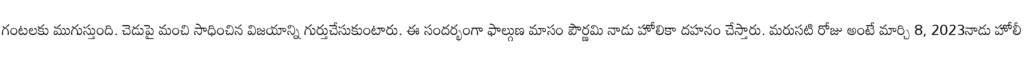
గంటలకు ముగుస్తుంది. చెడుపై మంచి సాధించిన విజయాన్ని గుర్తుచేసుకుంటారు. ఈ సందర్భంగా ఫాల్గుణ మాసం పౌర్ణమి నాడు హోలికా దహనం చేస్తారు. మరుసటి రోజు అంటే మార్చి 8, 2023నాడు హోలీ